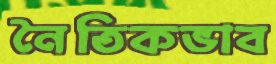
নৈতিকভাব